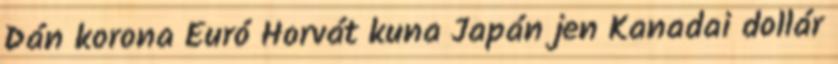
Dán korona Euró Horvát kuna Japán jen Kanadai dollár